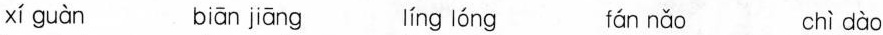
xí guàn bian jiāng líng lóng fán nǎo chì dào